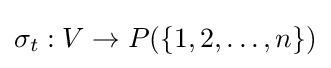
\sigma _{t}:V\to P(\lbrace 1,2,\dots ,n\rbrace )